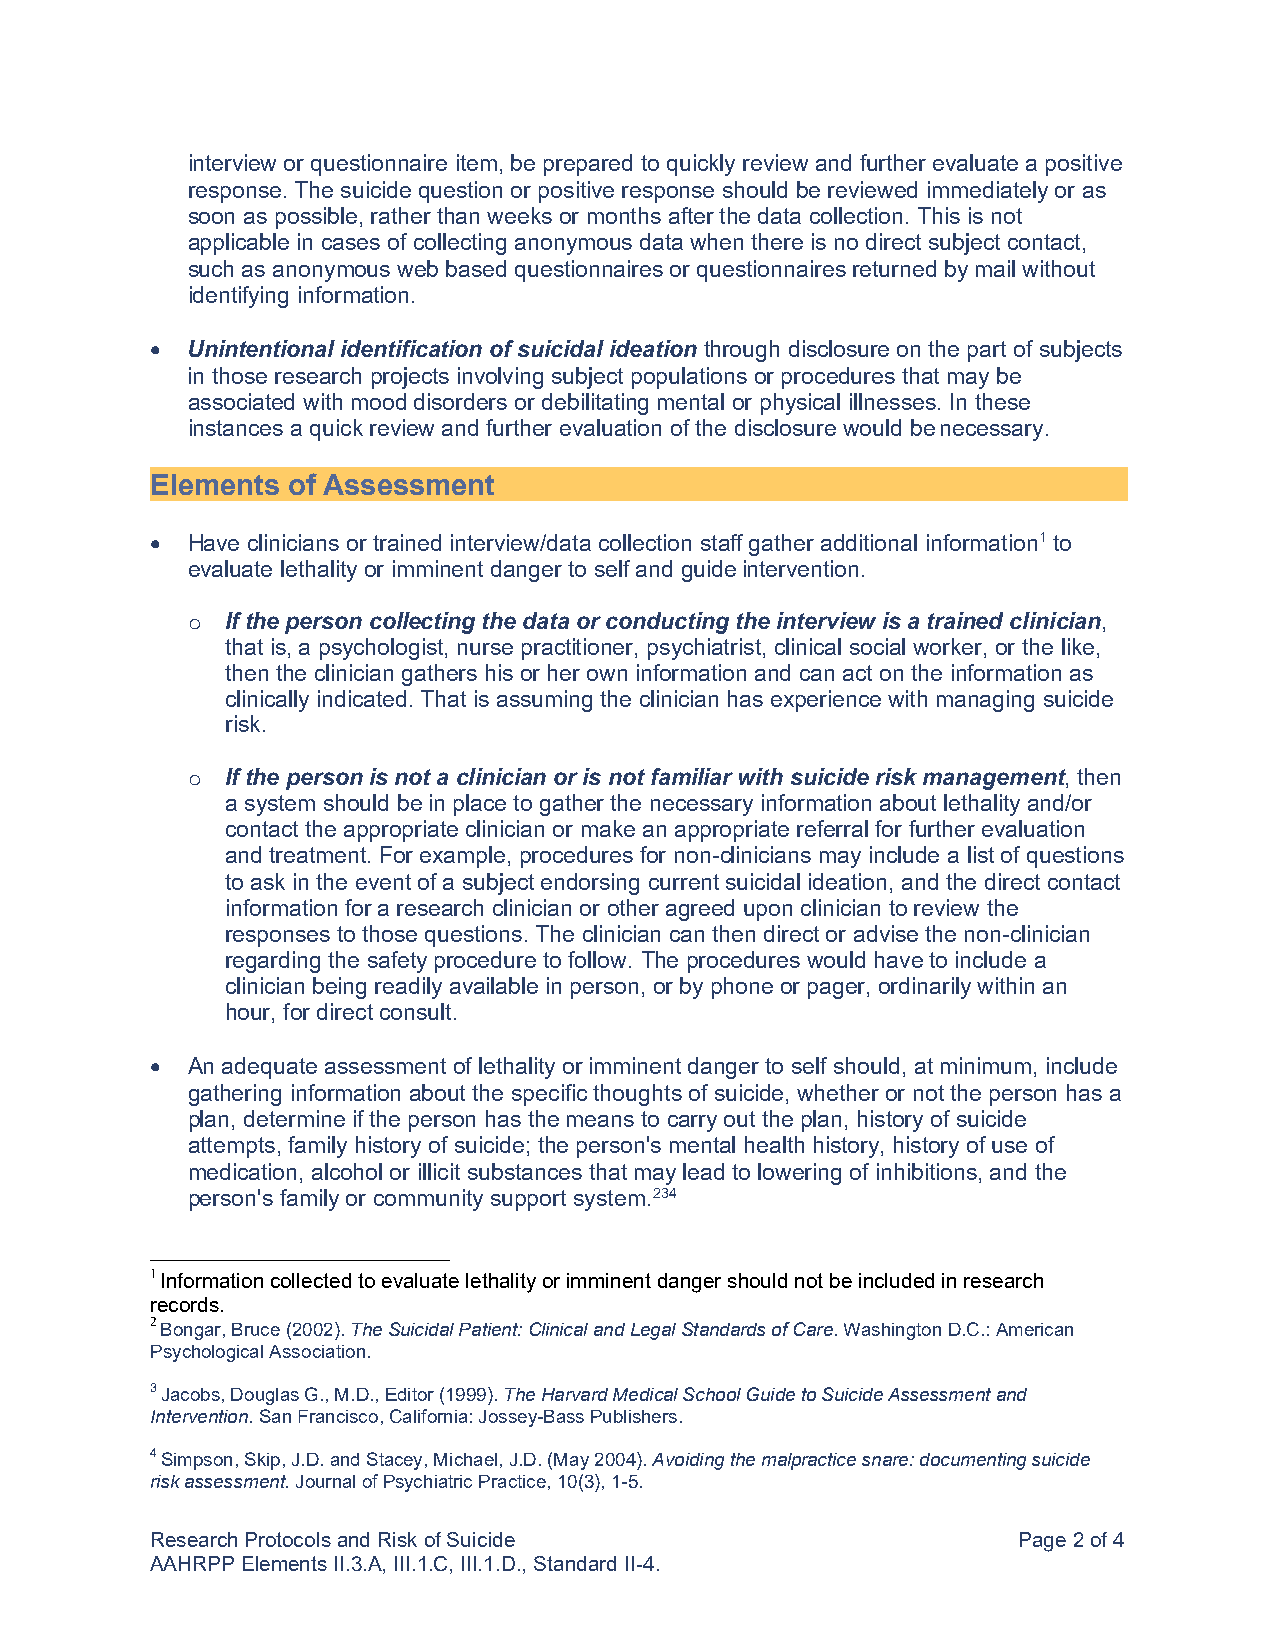
interview or questionnaire item, be prepared to quickly review and further evaluate a positive
 response. The suicide question or positive response should be reviewed immediately or as
 soon as possible, rather than weeks or months after the data collection. This is not
 applicable in cases of collecting anonymous data when there is no direct subject contact,
 such as anonymous web based questionnaires or questionnaires returned by mail without
 identifying information.
 • Unintentional identification of suicidal ideation through disclosure on the part of subjects
 in those research projects involving subject populations or procedures that may be
 associated with mood disorders or debilitating mental or physical illnesses. In these
 instances a quick review and further evaluation of the disclosure would be necessary.
 Elements of Assessment
 • Have clinicians or trained interview/data collection staff gather additional information1 to
 evaluate lethality or imminent danger to self and guide intervention.
 If the person collecting the data or conducting the interview is a trained clinician,
 o
 that is, a psychologist, nurse practitioner, psychiatrist, clinical social worker, or the like,
 then the clinician gathers his or her own information and can act on the information as
 clinically indicated. That is assuming the clinician has experience with managing suicide
 risk.
 If the person is not a clinician or is not familiar with suicide risk management, then
 o
 a system should be in place to gather the necessary information about lethality and/or
 contact the appropriate clinician or make an appropriate referral for further evaluation
 and treatment. For example, procedures for non-clinicians may include a list of questions
 to ask in the event of a subject endorsing current suicidal ideation, and the direct contact
 information for a research clinician or other agreed upon clinician to review the
 responses to those questions. The clinician can then direct or advise the non-clinician
 regarding the safety procedure to follow. The procedures would have to include a
 clinician being readily available in person, or by phone or pager, ordinarily within an
 hour, for direct consult.
 • An adequate assessment of lethality or imminent danger to self should, at minimum, include
 gathering information about the specific thoughts of suicide, whether or not the person has a
 plan, determine if the person has the means to carry out the plan, history of suicide
 attempts, family history of suicide; the person's mental health history, history of use of
 medication, alcohol or illicit substances that may lead to lowering of inhibitions, and the
 person's family or community support system.234
 1 Information collected to evaluate lethality or imminent danger should not be included in research
 records.
 2 Bongar, Bruce (2002). The Suicidal Patient: Clinical and Legal Standards of Care. Washington D.C.: American
 Psychological Association.
 3 Jacobs, Douglas G., M.D., Editor (1999). The Harvard Medical School Guide to Suicide Assessment and
 Intervention. San Francisco, California: Jossey-Bass Publishers.
 4 Simpson, Skip, J.D. and Stacey, Michael, J.D. (May 2004). Avoiding the malpractice snare: documenting suicide
 risk assessment. Journal of Psychiatric Practice, 10(3), 1-5.
 Research Protocols and Risk of Suicide                   Page 2 of 4
 AAHRPP Elements II.3.A, III.1.C, III.1.D., Standard II-4.